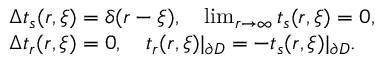
\begin{array} { r l } & { \Delta t _ { s } ( \boldsymbol { r } , \boldsymbol { \xi } ) = \delta ( \boldsymbol { r } - \boldsymbol { \xi } ) , \quad \operatorname* { l i m } _ { \boldsymbol { r } \to \infty } t _ { s } ( \boldsymbol { r } , \boldsymbol { \xi } ) = 0 , } \\ & { \Delta t _ { r } ( \boldsymbol { r } , \boldsymbol { \xi } ) = 0 , \quad t _ { r } ( \boldsymbol { r } , \boldsymbol { \xi } ) | _ { \partial D } = - t _ { s } ( \boldsymbol { r } , \boldsymbol { \xi } ) | _ { \partial D } . } \end{array}